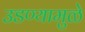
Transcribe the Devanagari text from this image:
उडण्यामुळे